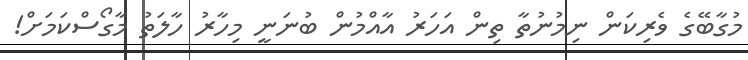
މުގާބޭގެ ވެރިކަން ނިމުނުތާ ތިން އަހަރު އާއްމުން ބުނަނީ މިހާރު ހާލަތު މާގޯސްކަމަށް!